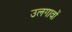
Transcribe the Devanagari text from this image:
उलगावों